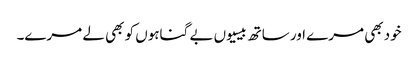
خود بھی مرے اور ساتھ بیسیوں بے گناہوں کو بھی لے مرے۔